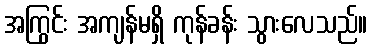
အကြွင်း အကျန်မရှိ ကုန်ခန်း သွားလေသည်။